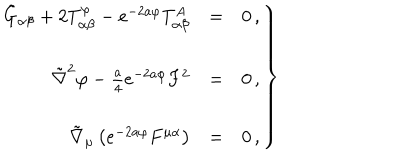
LaTeX: \left. \begin{array} { r c l } { { \tilde { G } _ { \alpha \beta } + 2 T _ { \alpha \beta } ^ { \varphi } - e ^ { - 2 a \varphi } T _ { \alpha \beta } ^ { A } } } & { { = } } & { { 0 \, , } } \\ { { } } & { { } } & { { } } \\ { { \tilde { \nabla } ^ { 2 } \varphi - { \textstyle \frac { a } { 4 } } e ^ { - 2 a \varphi } F ^ { 2 } } } & { { = } } & { { 0 \, , } } \\ { { } } & { { } } & { { } } \\ { { \tilde { \nabla } _ { \mu } \left( e ^ { - 2 a \varphi } F ^ { \mu \alpha } \right) } } & { { = } } & { { 0 \, , } } \\ \end{array} \right\}